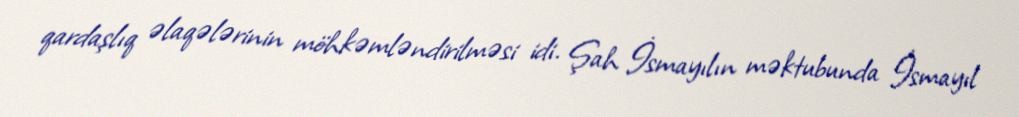
qardaşlıq əlaqələrinin möhkəmləndirilməsi idi. Şah İsmayılın məktubunda İsmayıl